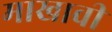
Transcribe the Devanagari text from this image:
माखावी